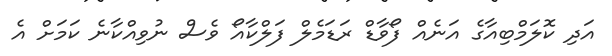
އަދި ކޮލަމްބިއާގެ އަނެއް ފޯވާޑް ރަޑަމެލް ފަލްކާއޯ ވެސް ނުވިއްކާނެ ކަމަށް އެ